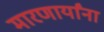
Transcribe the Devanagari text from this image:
मारणार्यांना